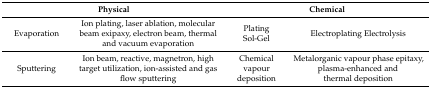
<table><thead><tr><td colspan="2"><b>Physical</b></td><td colspan="2"><b>Chemical </b></td></tr></thead><tbody><tr><td>Evaporation</td><td>Ion plating, laser ablation, molecular beam exipaxy, electron beam, thermal and vacuum evaporation</td><td>Plating Sol-Gel</td><td>Electroplating Electrolysis</td></tr><tr><td>Sputtering</td><td>Ion beam, reactive, magnetron, high target utilization, ion-assisted and gas flow sputtering</td><td>Chemical vapour deposition</td><td>Metalorganic vapour phase epitaxy, plasma-enhanced and thermal deposition </td></tr></tbody></table>